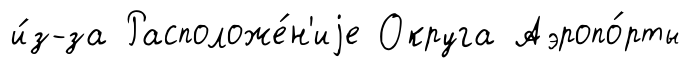
и́з-за Расположе́н'иjе Округа Аэропо́рты